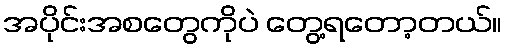
အပိုင်းအစတွေကိုပဲ တွေ့ရတော့တယ်။